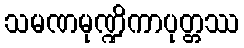
သမဏမုဏ္ဍိကာပုတ္တဿ